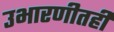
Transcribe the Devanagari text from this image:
उभारणीतही